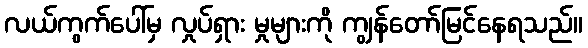
လယ်ကွက်ပေါ်မှ လှုပ်ရှား မှုများကို ကျွန်တော်မြင်နေရသည်။